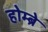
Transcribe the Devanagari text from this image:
होम्ब्रे